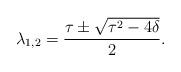
LaTeX: \begin{align*}\lambda_{1,2} = \dfrac{\tau \pm \sqrt{\tau^2-4\delta}}{2}.\end{align*}